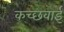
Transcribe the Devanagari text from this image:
कच्छवाई